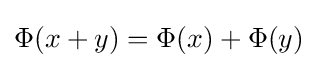
\Phi (x+y)=\Phi (x)+\Phi (y)